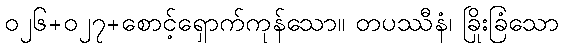
၀၂၆+၀၂၇+စောင့်ရှောက်ကုန်သော။ တပဿီနံ၊ ခြိုးခြံသော